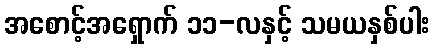
အစောင့်အရှောက် ၁၁-လနှင့် သမယနှစ်ပါး